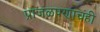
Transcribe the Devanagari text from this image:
प्राजंळपणाचंही